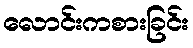
လောင်းကစားခြင်း